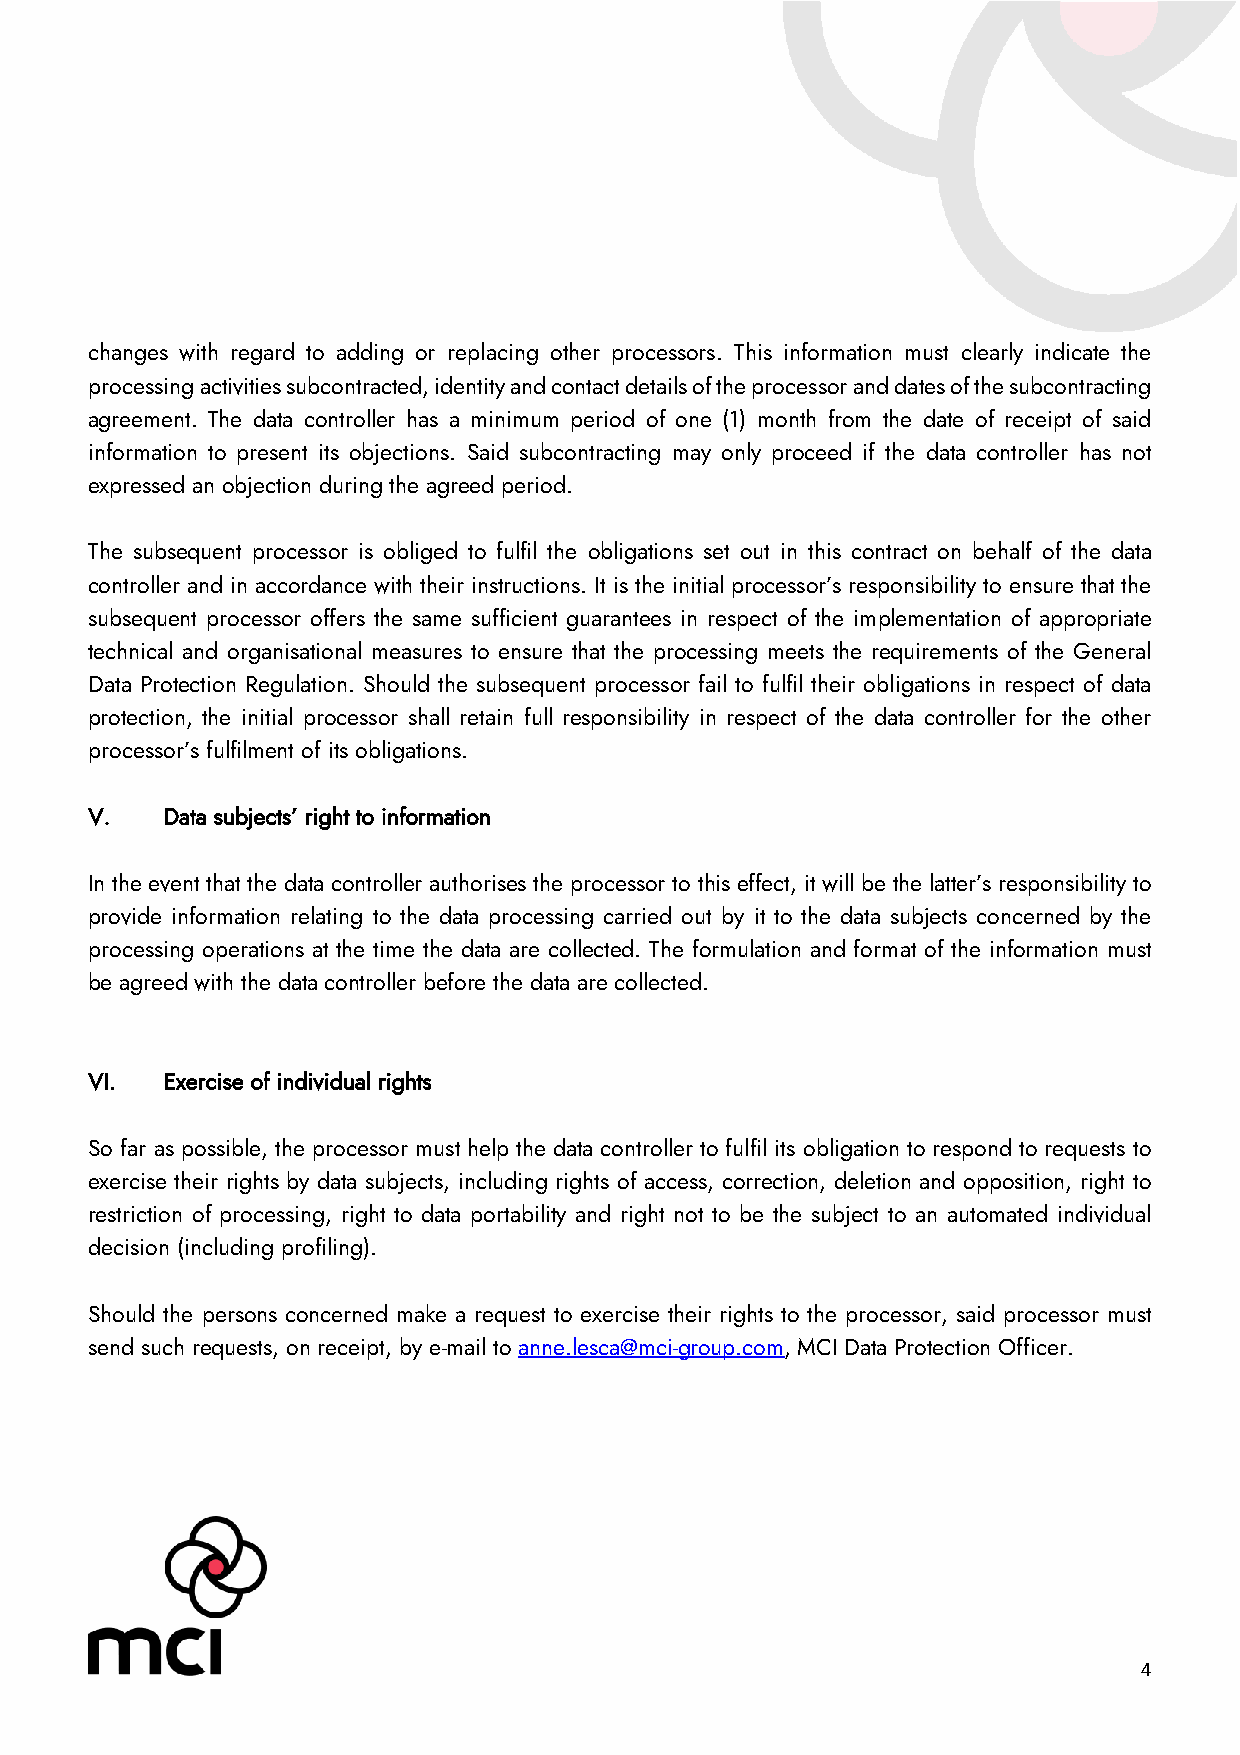
changes with regard to adding or replacing other processors. This information must clearly indicate the
 processing activities subcontracted, identity and contact details of the processor and dates of the subcontracting
 agreement. The data controller has a minimum period of one (1) month from the date of receipt of said
 information to present its objections. Said subcontracting may only proceed if the data controller has not
 expressed an objection during the agreed period.
 The subsequent processor is obliged to fulfil the obligations set out in this contract on behalf of the data
 controller and in accordance with their instructions. It is the initial processor’s responsibility to ensure that the
 subsequent processor offers the same sufficient guarantees in respect of the implementation of appropriate
 technical and organisational measures to ensure that the processing meets the requirements of the General
 Data Protection Regulation. Should the subsequent processor fail to fulfil their obligations in respect of data
 protection, the initial processor shall retain full responsibility in respect of the data controller for the other
 processor’s fulfilment of its obligations.
 V.   Data subjects’ right to information
 In the event that the data controller authorises the processor to this effect, it will be the latter’s responsibility to
 provide information relating to the data processing carried out by it to the data subjects concerned by the
 processing operations at the time the data are collected. The formulation and format of the information must
 be agreed with the data controller before the data are collected.
 VI.  Exercise of individual rights
 So far as possible, the processor must help the data controller to fulfil its obligation to respond to requests to
 exercise their rights by data subjects, including rights of access, correction, deletion and opposition, right to
 restriction of processing, right to data portability and right not to be the subject to an automated individual
 decision (including profiling).
 Should the persons concerned make a request to exercise their rights to the processor, said processor must
 send such requests, on receipt, by e-mail to anne.lesca@mci-group.com, MCI Data Protection Officer.
 4